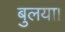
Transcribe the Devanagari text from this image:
बुलया।